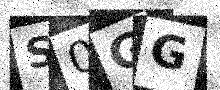
Text: S0GG